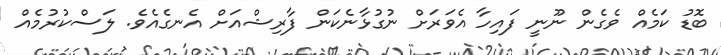
ބޮޑު ކަމެއް ވެގެން ނޫނީ ފައިހާ އެވަރަށް ނުގުޅާނެކަން ފާރިޝްއަށް އެނގެއެވެ. ލަސްކުރުމެއް